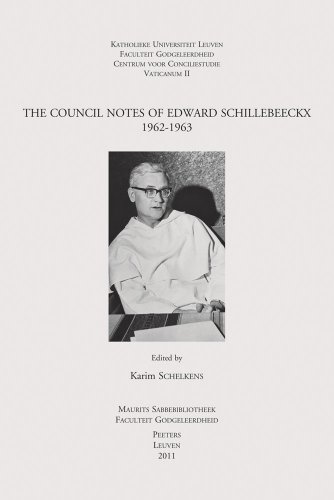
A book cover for The Council Notes of Edward Schillebeeckx 1962-1963 (Instrumenta Theologica); Christian Books & Bibles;